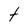
Character: t